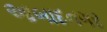
આબાદનગર